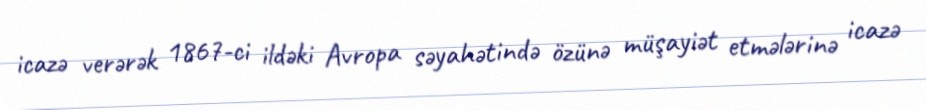
icazə verərək 1867-ci ildəki Avropa səyahətində özünə müşayiət etmələrinə icazə